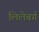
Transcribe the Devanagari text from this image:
लिलेबर्ग